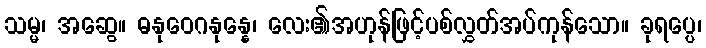
သမ္မ၊ အဆွေ။ ဓနုဝေဂနုန္နေ၊ လေး၏အဟုန်ဖြင့်ပစ်လွှတ်အပ်ကုန်သော။ ခုရပ္ပေ၊